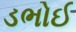
ડભોઈ